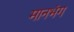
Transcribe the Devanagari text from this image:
मानभंग